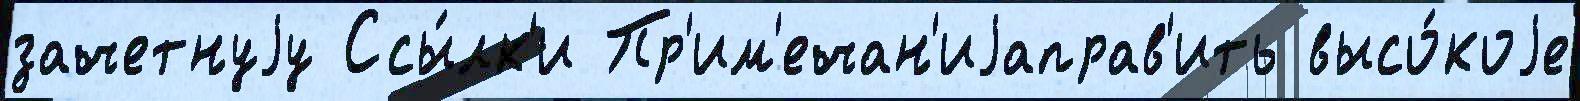
зачетнуjу Ссы́лк'и Пр'им'ечан'иjаправ'ить высо́коjе